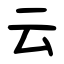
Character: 云